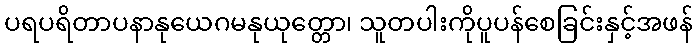
ပရပရိတာပနာနုယေဂမနုယုတ္တော၊ သူတပါးကိုပူပန်စေခြင်းနှင့်အဖန်